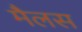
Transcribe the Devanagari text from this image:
मैलस